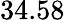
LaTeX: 34.58